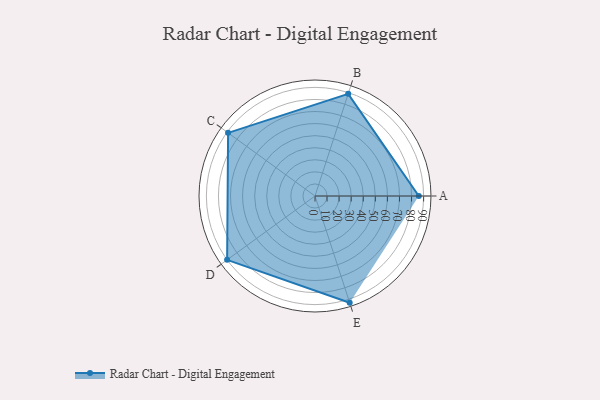
{"axis": {"x": "Skill", "y": "Score"}, "legend": ["Profile"], "data": [{"x": "A", "y": 86.0, "type": "Profile"}, {"x": "B", "y": 89.0, "type": "Profile"}, {"x": "C", "y": 89.0, "type": "Profile"}, {"x": "D", "y": 90.0, "type": "Profile"}, {"x": "E", "y": 93.0, "type": "Profile"}]}